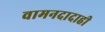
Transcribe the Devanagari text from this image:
वामनदादाही